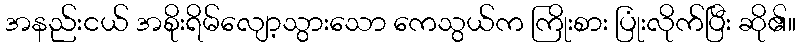
အနည်းငယ် အစိုးရိမ်လျော့သွားသော ကေသွယ်က ကြိုးစား ပြုံးလိုက်ပြီး ဆို၏။